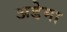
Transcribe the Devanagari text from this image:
अडेमा